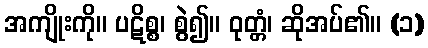
အကျိုးကို။ ပဋိစ္စ၊ စွဲ၍။ ဝုတ္တံ၊ ဆိုအပ်၏။ (၁)